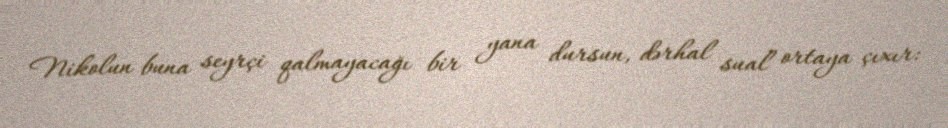
Nikolun buna seyrçi qalmayacağı bir yana dursun, dərhal sual ortaya çıxır: